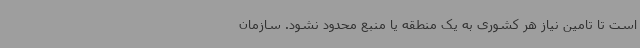
است تا تامین نیاز هر کشوری به یک منطقه یا منبع محدود نشود. سازمان